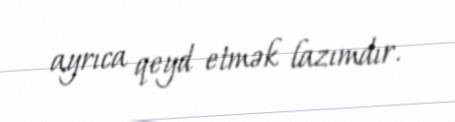
ayrıca qeyd etmək lazımdır.